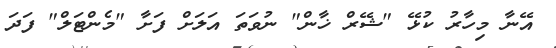
އޭނާ މިހާރު ކުޅޭ "ޝޭރް ޚާން" ނުވަތަ އަލަށް ފަށާ "މެންޓަލް" ފަދަ